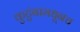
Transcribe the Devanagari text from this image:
कुटुंबामधूनच